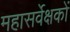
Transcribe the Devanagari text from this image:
महासर्वेक्षकों